Vaccination in Bombay 1863-1868 - 1863-1868
Year: 1863
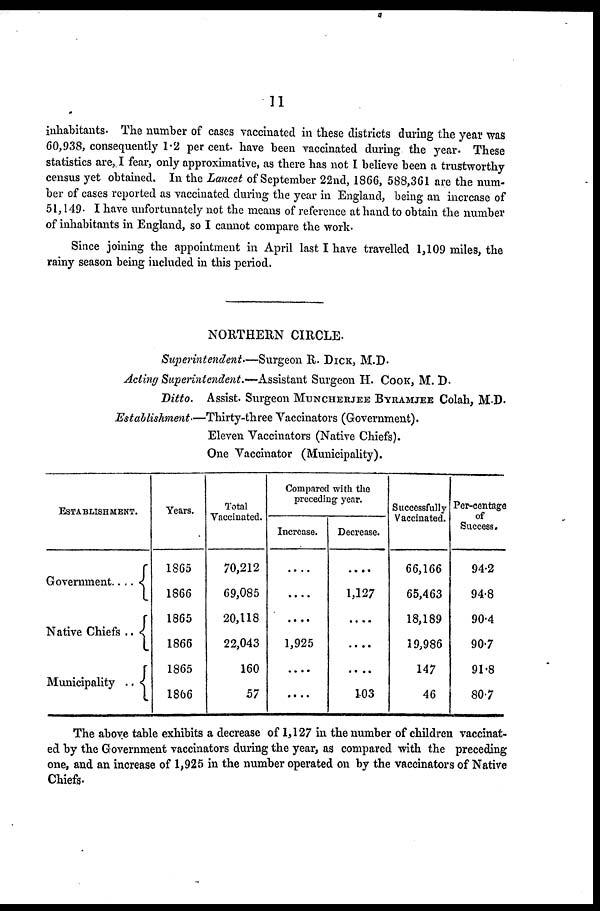
11
inhabitants. The number of cases vaccinated in these districts during the year was
60,938, consequently 1.2 per cent. have been vaccinated during the year. These
statistics are, I fear, only approximative, as there has not I believe been a trustworthy
census yet obtained. In the Lancet of September 22nd, 1866, 588,361 are the num-
ber of cases reported as vaccinated during the year in England, being an increase of
51,149. I have unfortunately not the means of reference at hand to obtain the number
of inhabitants in England, so I cannot compare the work.
Since joining the appointment in April last I have travelled 1,109 miles, the
rainy season being included in this period.
NORTHERN CIRCLE.
Superintendent—Surgeon R. DICK, M.D.
Acting Superintendent.—Assistant Surgeon H. COOK, M. D.
Ditto. Assist. Surgeon MUNCHERJEE BYRAMJEE Colah, M.D.
Establishment—Thirty-three Vaccinators (Government).
Eleven Vaccinators (Native Chiefs).
One Vaccinator (Municipality).
ESTABLISHMENT.
Government....
Native Chiefs ..
Municipality ..
Years.
1865
1866
1865
1866
1865
1866
Total
Vaccinated.
70,212
69,085
20,118
22,043
160
57
Compared with the
preceding year.
Increase.
....
....
....
1,925
....
....
Decrease.
....
1,127
....
....
....
103
Successfully
Vaccinated.
66,166
65,463
18,189
19,986
147
46
Per-centage
of
Success.
94.2
94.8
90.4
90.7
91.8
80.7
The above table exhibits a decrease of 1,127 in the number of children vaccinat-
ed by the Government vaccinators during the year, as compared with the preceding
one, and an increase of 1,925 in the number operated on by the vaccinators of Native
Chiefs.